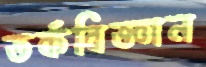
তর্কবিজ্ঞান